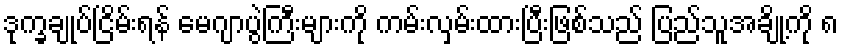
ဒုက္ခချုပ်ငြိမ်းရန် မေဂျာပွဲကြီးများကို ကမ်းလှမ်းထားပြီးဖြစ်သည် ပြည်သူအချို့ကို ၈